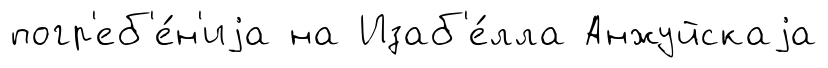
погр'еб'е́н'иjа на Изаб'е́лла Анжуйскаjа